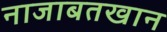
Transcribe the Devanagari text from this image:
नाजाबतखान